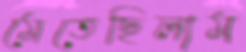
মেতেছিলাম